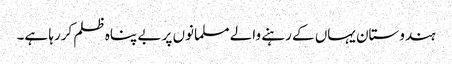
ہندوستان یہاں کے رہنے والے مسلمانوں پر بے پناہ ظلم کررہا ہے۔